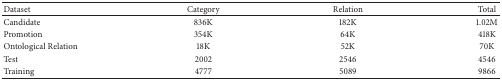
| Dataset | Category | Relation | Total |
 | --- | --- | --- | --- |
 | Candidate | 836K | 182K | 1.02M |
 | Promotion | 354K | 64K | 418K |
 | Ontological Relation | 18K | 52K | 70K |
 | Test | 2002 | 2546 | 4546 |
 | Training | 4777 | 5089 | 9866 |